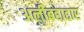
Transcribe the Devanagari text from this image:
अलीबहाद्दार